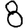
Digit: 8